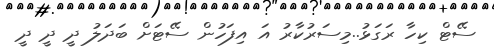
ސޭޓް ކިހާ ރަގަޅު..މިސަރުކާރު އަ އިފަހުން ސޭޓަށް ބަދަލު ދީ ދީ ދީ